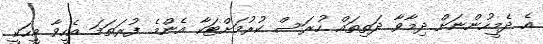
އެ ދެމީހުންނަށް ދިމާވާ ދަތިތައް ހުރަސް ކުރުމަށްޓަކާ އެންމެ ފުރަތަމަ އެހީވާ މީހަކީ